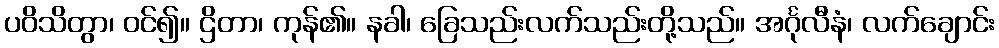
ပဝိသိတွာ၊ ဝင်၍။ ဌိတာ၊ ကုန်၏။ နခါ၊ ခြေသည်းလက်သည်းတို့သည်။ အင်္ဂုလီနံ၊ လက်ချောင်း